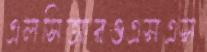
এলসিআরওএসএস